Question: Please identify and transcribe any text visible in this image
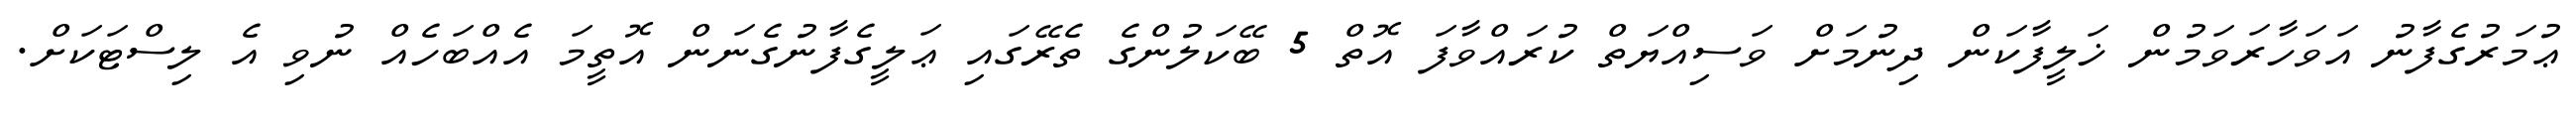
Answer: ޢުމަރުގެފާނު އަވަހާރަވަމުން ޚަލީފާކަން ދިނުމަށް ވަސިއްޔަތް ކުރައްވާފަ އޮތް 5 ބޭކަލުންގެ ތެރޭގައި ޢަލީގެފާނުގެނަން އޮތީމަ އެއްބަހެއް ނުވި އެ ލިސްޓަކަށް.